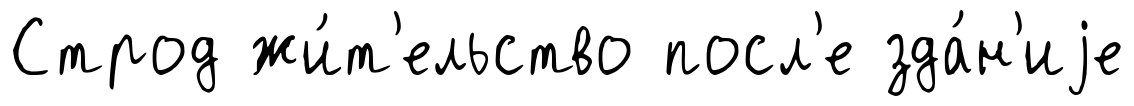
Строд жи́т'ельство посл'е зда́н'иjе